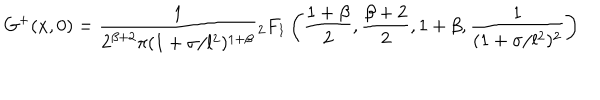
LaTeX: G ^ { + } ( x , 0 ) = \frac { 1 } { 2 ^ { \beta + 2 } \pi ( 1 + \sigma / l ^ { 2 } ) ^ { 1 + \beta } } { } _ { 2 } F _ { 1 } \left( \frac { 1 + \beta } { 2 } , \frac { \beta + 2 } { 2 } , 1 + \beta , \frac { 1 } { ( 1 + \sigma / l ^ { 2 } ) ^ { 2 } } \right)